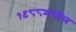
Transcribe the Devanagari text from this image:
१९८८मधील